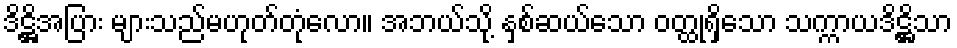
ဒိဋ္ဌိအပြား များသည်မဟုတ်တုံလော။ အဘယ်သို့ နှစ်ဆယ်သော ဝတ္ထုရှိသော သက္ကာယဒိဋ္ဌိသာ